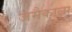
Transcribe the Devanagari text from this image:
जमैकाला